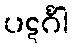
ပဋင်္ဂါ